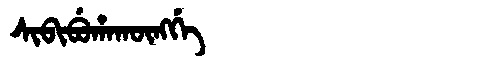
Manchu: ᠰᡳᠪᡳᠪᡠᡥᠠᡴᡡᠩᡤᡝ
Romanization: SIBIBUHAKŪNGGE